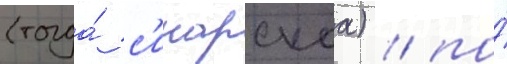
(тогда́ с'инарскаа) / по́